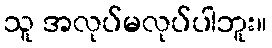
သူ အလုပ်မလုပ်ပါဘူး။